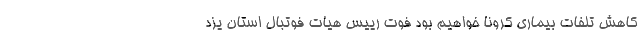
کاهش تلفات بیماری کرونا خواهیم بود فوت رییس هیات فوتبال استان یزد